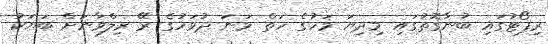
ރިޕޯޓުގައި ބުނާގޮތުގައި މިދިޔަ މަހުގެ ހަތް ވަނަ ދުވަހުގެ ރޭ ރިލްވާނަށް ބަޔަކު